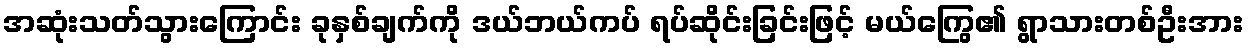
အဆုံးသတ်သွားကြောင်း ခုနှစ်ချက်ကို ဒယ်ဘယ်ကပ် ရပ်ဆိုင်းခြင်းဖြင့် မယ်ကြွေ၏ ရွာသားတစ်ဦးအား